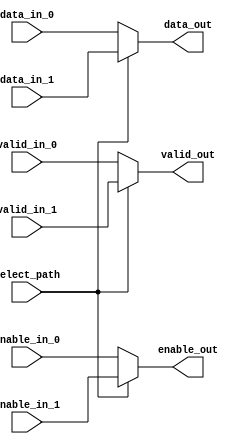
// This program was cloned from: https://github.com/Nitcloud/Digital-IDE
// License: GNU General Public License v3.0

// ***************************************************************************
// ***************************************************************************
// Copyright 2014 - 2017 (c) Analog Devices, Inc. All rights reserved.
//
// In this HDL repository, there are many different and unique modules, consisting
// of various HDL (Verilog or VHDL) components. The individual modules are
// developed independently, and may be accompanied by separate and unique license
// terms.
//
// The user should read each of these license terms, and understand the
// freedoms and responsibilities that he or she has by using this source/core.
//
// This core is distributed in the hope that it will be useful, but WITHOUT ANY
// WARRANTY; without even the implied warranty of MERCHANTABILITY or FITNESS FOR
// A PARTICULAR PURPOSE.
//
// Redistribution and use of source or resulting binaries, with or without modification
// of this file, are permitted under one of the following two license terms:
//
//   1. The GNU General Public License version 2 as published by the
//      Free Software Foundation, which can be found in the top level directory
//      of this repository (LICENSE_GPL2), and also online at:
//      <https://www.gnu.org/licenses/old-licenses/gpl-2.0.html>
//
// OR
//
//   2. An ADI specific BSD license, which can be found in the top level directory
//      of this repository (LICENSE_ADIBSD), and also on-line at:
//      https://github.com/analogdevicesinc/hdl/blob/master/LICENSE_ADIBSD
//      This will allow to generate bit files and not release the source code,
//      as long as it attaches to an ADI device.
//
// ***************************************************************************
// ***************************************************************************

`timescale 1ns/100ps

module ad_bus_mux #(

  // Channel data width
  parameter DATA_WIDTH = 16) (

  input                    select_path,

  input                    valid_in_0,
  input                    enable_in_0,
  input  [DATA_WIDTH-1:0]  data_in_0,

  input                    valid_in_1,
  input                    enable_in_1,
  input  [DATA_WIDTH-1:0]  data_in_1,

  output                   valid_out,
  output                   enable_out,
  output [DATA_WIDTH-1:0]  data_out);

  assign valid_out  = (select_path == 0) ? valid_in_0   : valid_in_1;
  assign enable_out = (select_path == 0) ? enable_in_0  : enable_in_1;
  assign data_out   = (select_path == 0) ? data_in_0    : data_in_1;

endmodule